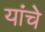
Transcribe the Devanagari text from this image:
यांचेे